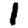
Digit: 1